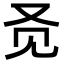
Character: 𬢇